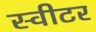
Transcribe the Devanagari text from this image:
स्वीटर